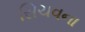
સિચવના